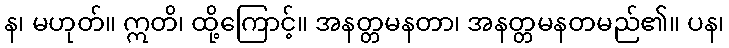
န၊ မဟုတ်။ ဣတိ၊ ထို့ကြောင့်။ အနတ္တမနတာ၊ အနတ္တမနတမည်၏။ ပန၊